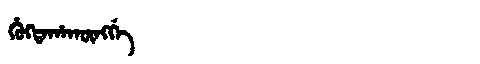
Manchu: ᡥᡠᡴᡨᠠᡥᠠᡴᡡᠩᡤᡝ
Romanization: HUKTAHAKŪNGGE